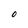
Character: O